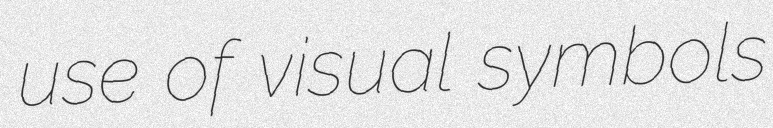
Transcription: use of visual symbols